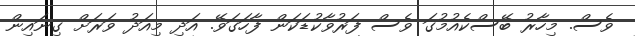
ވެސް. މިހާރު ބޭސްކެއުމުގަ ވެސް ފަރުވާކުޑަކަން ފާހަގަވޭ. އަދި މިއަދު ވަރަށް ގިނައިން